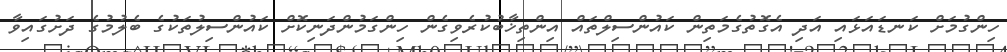
ހިންގުމަށް ކަނޑައަޅައި އަދި އެގޮތުގެމަތިން ކައުންސިލްތައް އިންތިޚާބުކުރެވިގެން ހިންގަމުންދަނިކޮށް ކައުންސިލުތަކުގެ ބެލުމުގެ ދަށުގައިވާ